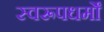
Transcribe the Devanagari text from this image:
स्वरूपधर्मों